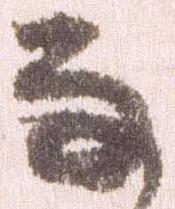
な